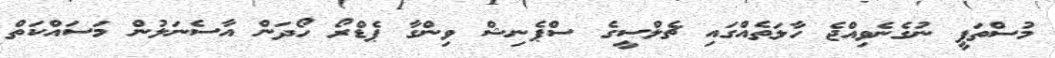
މުސްތަފީ ނުގެނެވިއްޖެ ހާލަތެއްގައި ޗެލްސީގެ ސްޕެނިޝް ވިންގާ ޕެޑްރޯ ހޯދަން އާސެނަލުން މަސައްކަތް